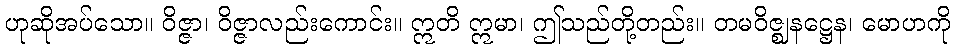
ဟုဆိုအပ်သော။ ဝိဇ္ဇာ၊ ဝိဇ္ဇာလည်းကောင်း။ ဣတိ ဣမာ၊ ဤသည်တို့တည်း။ တမဝိဇ္ဈနဋ္ဌေန၊ မောဟကို